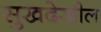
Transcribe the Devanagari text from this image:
सुखदेखील